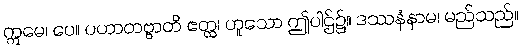
ဣမေ၊ ပေ။ ပဟာတဗ္ဗာတိ ဧတ္ထ၊ ဟူသော ဤပါဌ်၌။ ဒဿနံနာမ၊ မည်သည်။